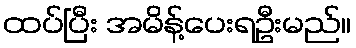
ထပ်ပြီး အမိန့်ပေးရဦးမည်။